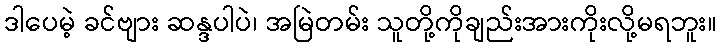
ဒါပေမဲ့ ခင်ဗျား ဆန္ဒပါပဲ၊ အမြဲတမ်း သူတို့ကိုချည်းအားကိုးလို့မရဘူး။